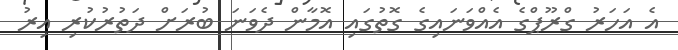
އެ އަހަރު ގްރޫޕްގެ އެއްވަނައިގެ ގޮތުގައި އޮމާން ދެވަނަ ބުރަށް ދަތުރުކުރި އިރު